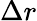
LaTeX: \Delta r